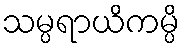
သမ္ပရာယိကမ္ပိ